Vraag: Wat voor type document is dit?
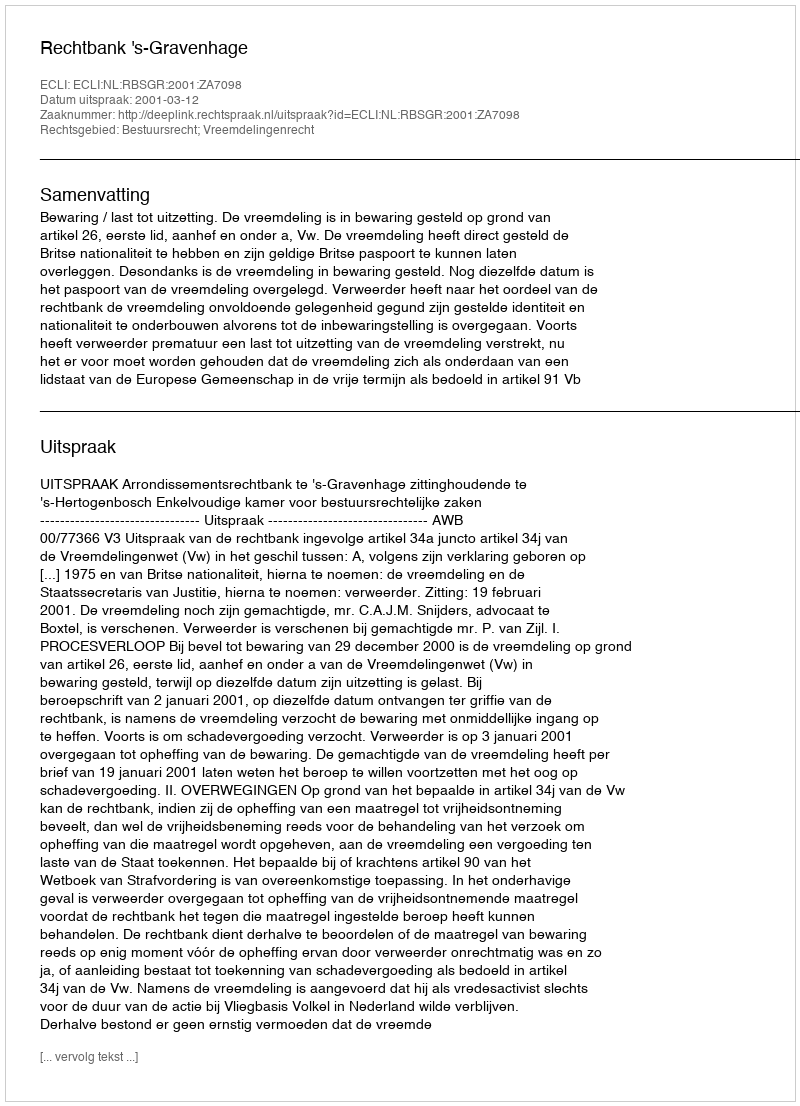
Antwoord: Uitspraak